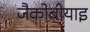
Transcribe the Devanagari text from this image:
जैकोबीयाइ